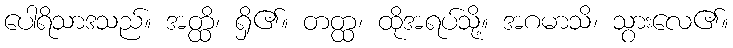
ပေါရိသာဒသည်။ အတ္ထိ၊ ရှိ၏။ တတ္ထ၊ ထိုအရပ်သို့။ အဂမာသိ၊ သွားလေ၏။